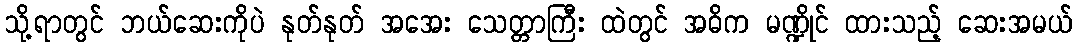
သို့ရာတွင် ဘယ်ဆေးကိုပဲ နုတ်နုတ် အအေး သေတ္တာကြီး ထဲတွင် အဓိက မဏ္ဍိုင် ထားသည့် ဆေးအမယ်